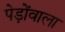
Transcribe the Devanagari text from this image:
पेड़ोंवाला